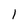
Character: 1